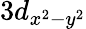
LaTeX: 3d_{x^{2}-y^{2}}